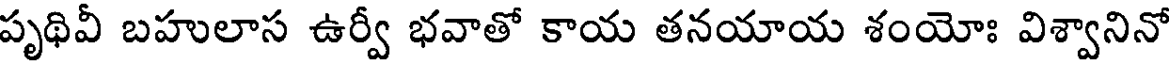
పృథివీ బహులాస ఉర్వీ భవాతో కాయ తనయాయ శంయోః విశ్వానినో